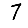
Digit: 7